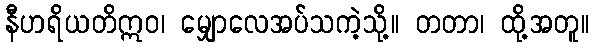
နီဟရိယတိဣဝ၊ မျှောလေအပ်သကဲ့သို့။ တတာ၊ ထို့အတူ။